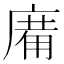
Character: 𢊑